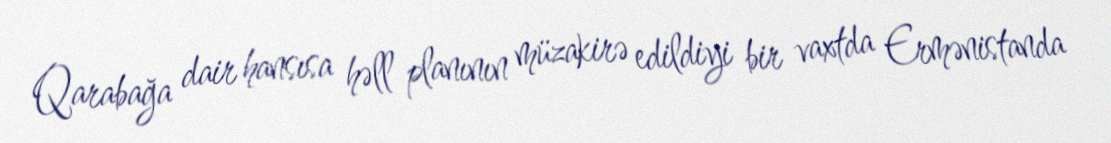
Qarabağa dair hansısa həll planının müzakirə edildiyi bir vaxtda Ermənistanda